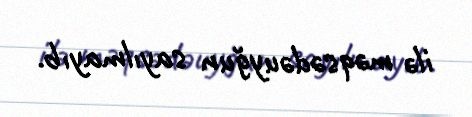
ilə məqsədəuyğun sayılmayıb.